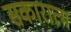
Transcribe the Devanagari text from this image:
सकारात्म